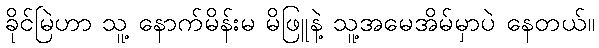
ခိုင်မြဲဟာ သူ့ နောက်မိန်းမ မိဖြူနဲ့ သူ့အမေအိမ်မှာပဲ နေတယ်။